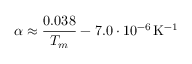
\alpha \approx { \frac { 0 . 0 3 8 } { T _ { m } } } - 7 . 0 \cdot 1 0 ^ { - 6 } \, \mathrm { K } ^ { - 1 }